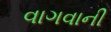
વાગવાની